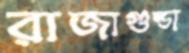
রাজাগুন্ডা